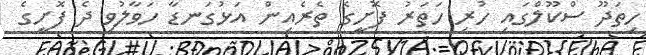
ހިތަދޫ ސްކޫލްގައި ހުރި ހަތަރު ފޮށީގެ ތެރެއިން އަޅުގަނޑާ ހަވާލުވި ދެ ފޮށީގެ